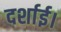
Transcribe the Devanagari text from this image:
दर्शाई।